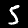
Label: 5